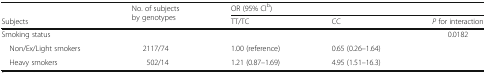
<table><thead><tr><td></td><td rowspan="2"><b>No. of subjects by genotypes</b></td><td colspan="3"><b>OR (95% CI<sup>b</sup>)</b></td></tr><tr><td><b>Subjects</b></td><td><b>TT/TC</b></td><td><b>CC</b></td><td><b><i>P</i> for interaction</b></td></tr></thead><tbody><tr><td>Smoking status</td><td></td><td></td><td></td><td>0.0182</td></tr><tr><td> Non/Ex/Light smokers</td><td>2117/74</td><td>1.00 (reference)</td><td>0.65 (0.26–1.64)</td><td></td></tr><tr><td> Heavy smokers</td><td>502/14</td><td>1.21 (0.87–1.69)</td><td>4.95 (1.51–16.3)</td><td></td></tr></tbody></table>